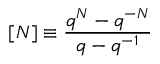
[ N ] \equiv \frac { q ^ { N } - q ^ { - N } } { q - q ^ { - 1 } }